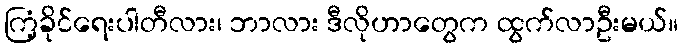
ကြံ့ခိုင်ရေးပါတီလား၊ ဘာလား ဒီလိုဟာတွေက ထွက်လာဦးမယ်။